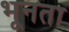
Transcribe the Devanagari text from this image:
भूनता